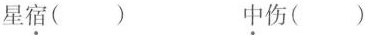
星宿() 中伤()